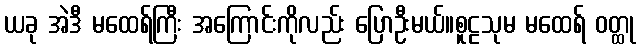
ယခု အဲဒီ မထေရ်ကြီး အကြောင်းကိုလည်း ပြောဦးမယ်။စူဠသုမ မထေရ် ဝတ္ထု